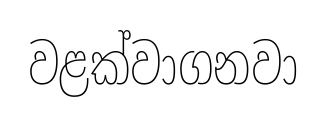
වළක්වාගනවා